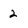
Character: 2